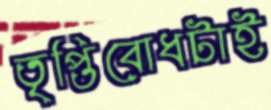
তৃপ্তিবোধটাই